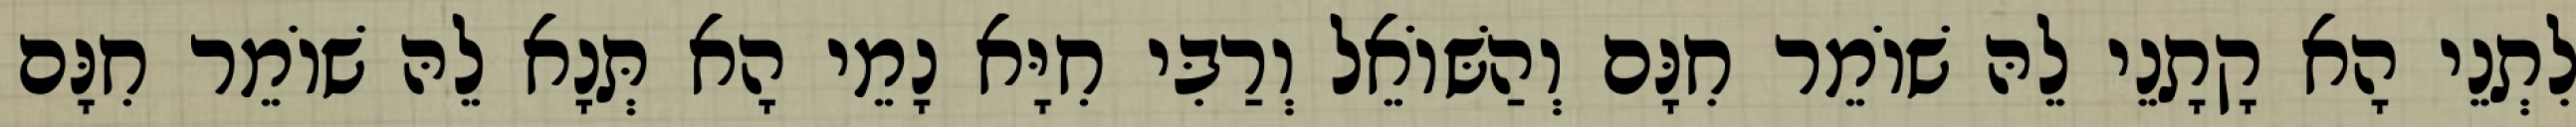
לִתְנֵי הָא קָתָנֵי לֵהּ שׁוֹמֵר חִנָּם וְהַשּׁוֹאֵל וְרַבִּי חִיָּא נָמֵי הָא תְּנָא לֵהּ שׁוֹמֵר חִנָּם